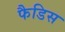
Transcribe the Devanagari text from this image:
फैडिस